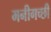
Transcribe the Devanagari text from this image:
मनीगच्छी